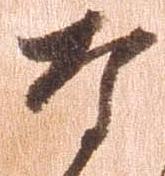
な